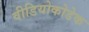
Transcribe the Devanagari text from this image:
वीडियोकोडेक